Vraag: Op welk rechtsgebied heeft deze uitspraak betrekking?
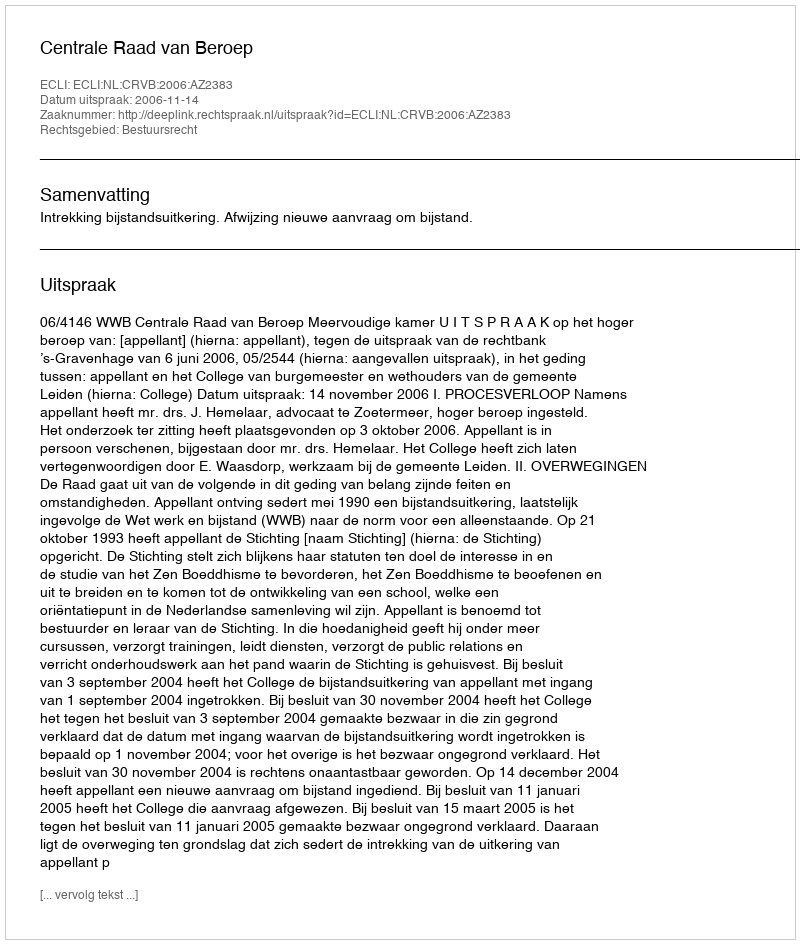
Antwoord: Bestuursrecht